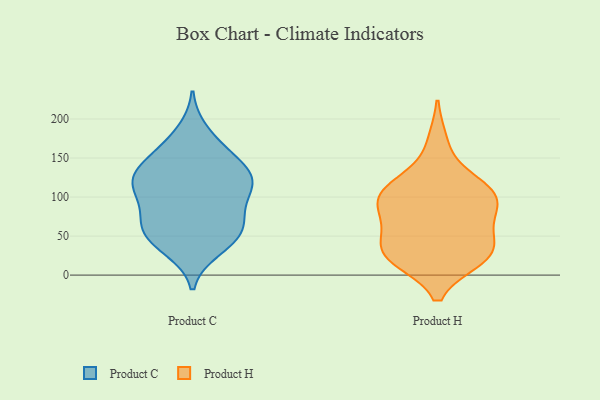
{"axis": {"x": "Headcount", "y": "Value"}, "legend": ["Product C", "Product H"], "data": [{"x": "", "y": 64, "type": "Product C"}, {"x": "", "y": 65, "type": "Product C"}, {"x": "", "y": 130, "type": "Product C"}, {"x": "", "y": 160, "type": "Product C"}, {"x": "", "y": 140, "type": "Product C"}, {"x": "", "y": 37, "type": "Product C"}, {"x": "", "y": 62, "type": "Product C"}, {"x": "", "y": 54, "type": "Product C"}, {"x": "", "y": 119, "type": "Product C"}, {"x": "", "y": 49, "type": "Product C"}, {"x": "", "y": 102, "type": "Product C"}, {"x": "", "y": 134, "type": "Product C"}, {"x": "", "y": 159, "type": "Product C"}, {"x": "", "y": 33, "type": "Product C"}, {"x": "", "y": 122, "type": "Product C"}, {"x": "", "y": 81, "type": "Product C"}, {"x": "", "y": 184, "type": "Product C"}, {"x": "", "y": 116, "type": "Product C"}, {"x": "", "y": 97, "type": "Product C"}, {"x": "", "y": 117, "type": "Product C"}, {"x": "", "y": 170, "type": "Product H"}, {"x": "", "y": 96, "type": "Product H"}, {"x": "", "y": 115, "type": "Product H"}, {"x": "", "y": 82, "type": "Product H"}, {"x": "", "y": 23, "type": "Product H"}, {"x": "", "y": 92, "type": "Product H"}, {"x": "", "y": 25, "type": "Product H"}, {"x": "", "y": 116, "type": "Product H"}, {"x": "", "y": 105, "type": "Product H"}, {"x": "", "y": 21, "type": "Product H"}, {"x": "", "y": 68, "type": "Product H"}, {"x": "", "y": 27, "type": "Product H"}, {"x": "", "y": 63, "type": "Product H"}, {"x": "", "y": 30, "type": "Product H"}, {"x": "", "y": 107, "type": "Product H"}, {"x": "", "y": 39, "type": "Product H"}]}